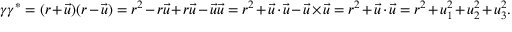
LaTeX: \gamma \gamma ^ { * } = ( r + { \vec { u } } ) ( r - { \vec { u } } ) = r ^ { 2 } - r { \vec { u } } + r { \vec { u } } - { \vec { u } } { \vec { u } } = r ^ { 2 } + { \vec { u } } \cdot { \vec { u } } - { \vec { u } } \times { \vec { u } } = r ^ { 2 } + { \vec { u } } \cdot { \vec { u } } = r ^ { 2 } + u _ { 1 } ^ { 2 } + u _ { 2 } ^ { 2 } + u _ { 3 } ^ { 2 } .